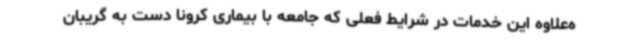
ه‌علاوه این خدمات در شرایط فعلی که جامعه با بیماری کرونا دست به گریبان